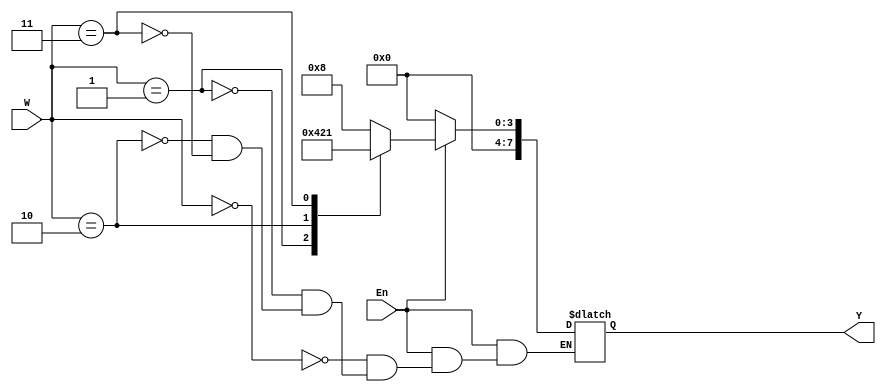
module dec3to4(W, En, Y);
	input [2:0] W;
	input En;
	output reg [0:7] Y;
	
	always @(W or En) begin
		if (En == 1) case (W)
				3'b000: Y = 4'b1000;
				3'b001: Y = 4'b0100;
				3'b010: Y = 4'b0010;
				3'b011: Y = 4'b0001;
			endcase
		else Y = 4'b0000;
	end
	
endmodule